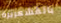
بالقشعريرة